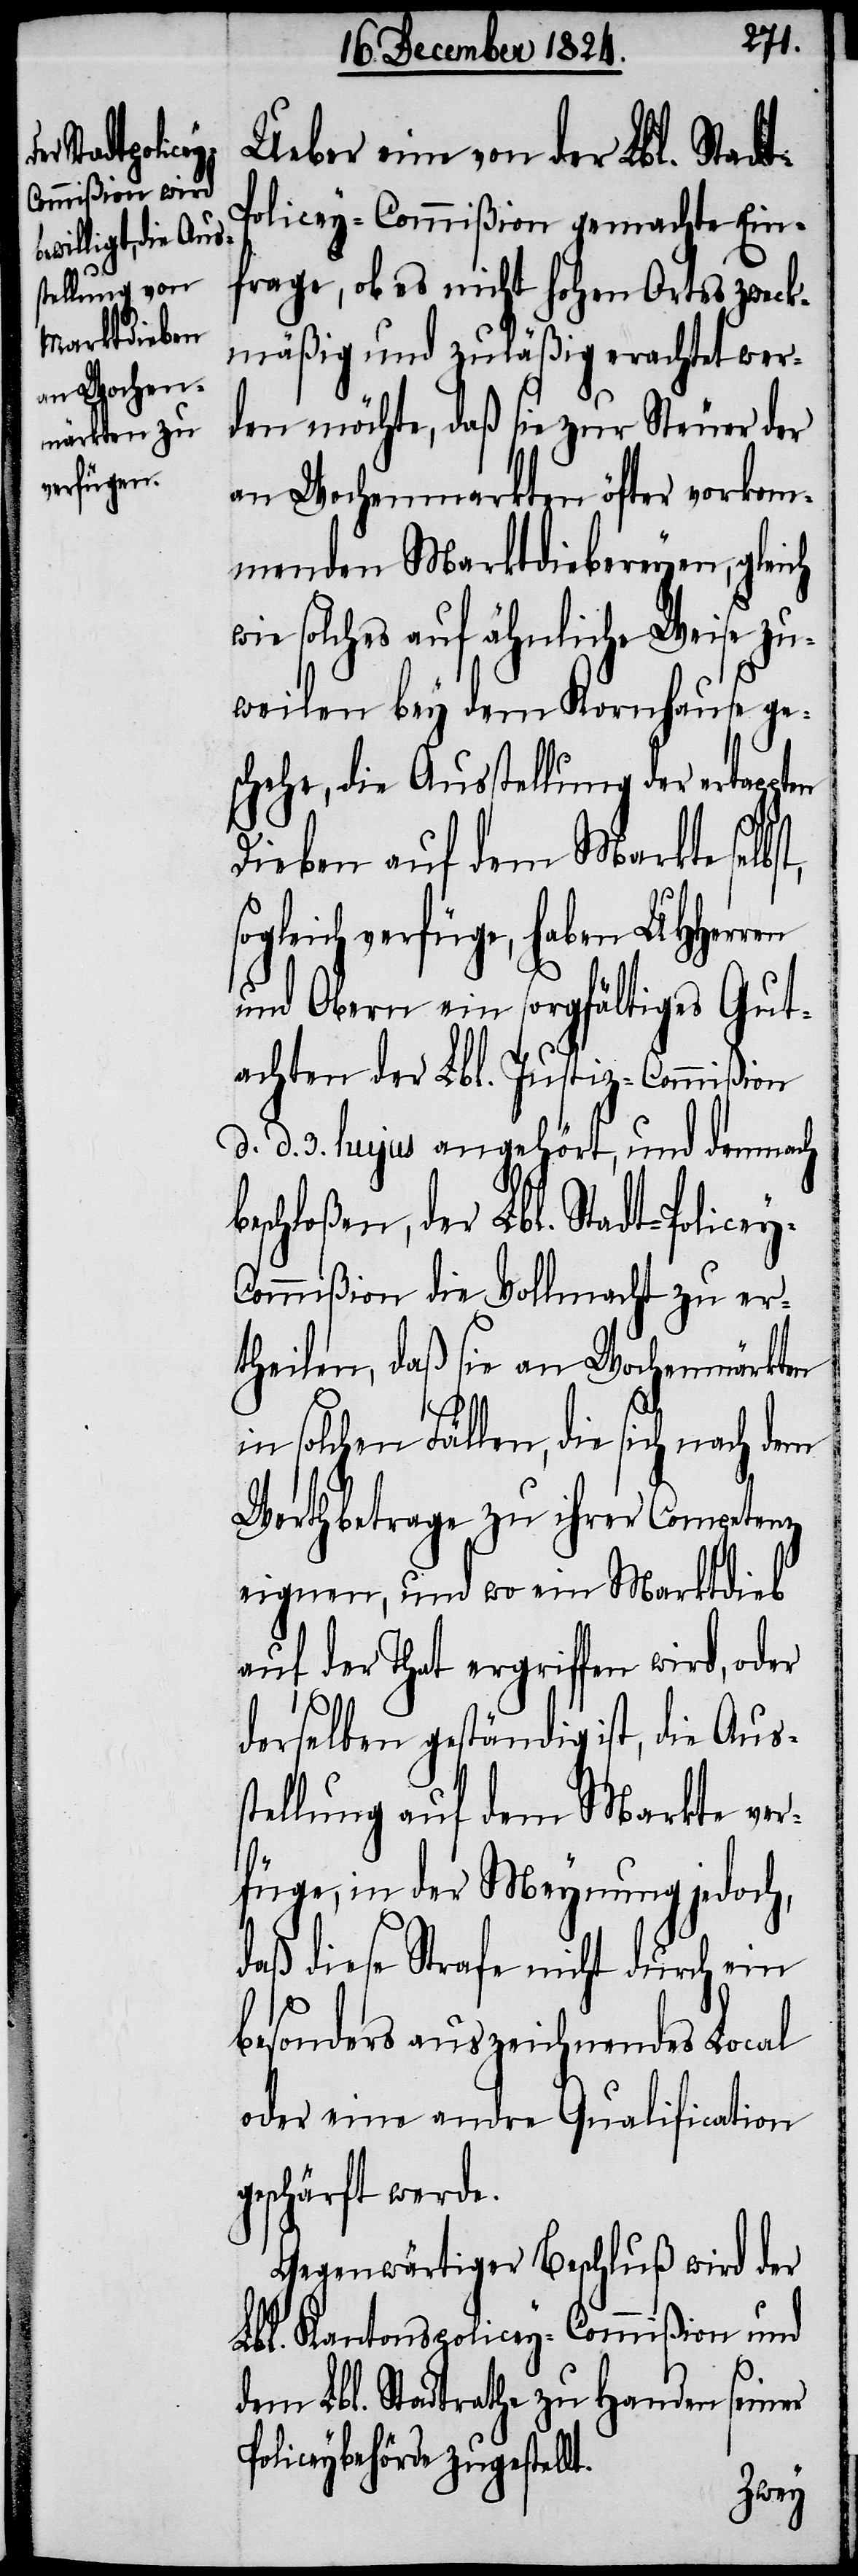
t.
Ueber eine von der Lbl. Stadt-P¬
olicey-Commißion gemachte Ein¬
frage, ob es nicht hohen Ortes zweck¬
mäßig und zuläßig erachtet wer¬
den möchte, daß sie zur Steuer der
an Wochenmarkten öfter vorkom¬
menden Marktdiebereyen, gleich
solches auf ähnliche Weise zu¬
weilen bey dem Kornhause ge¬
schehe, die Ausstellung der ertappten
Dieben auf dem Markte selbst,
sogleich verfüge, haben UHHerren
und Obern ein sorgfältiges Gut¬
achten der Lbl. Justiz-Commißion
d. d. 3. hujus angehört, und demnach
schloßen, der Lbl. Stadt-Police¬
ommißion die Vollmacht zu er¬
theilen, daß sie an Wochenmärkten
in solchen Fällen, die sich nach
Werth betrage zu ihrer Competenz
eignen, und wo ein Marktdieb
auf der That ergriffen wird, oder
derselben geständig ist, die Aus¬
stellung auf dem Markte ver¬
füge, in der Meynung jedoch,
daß diese Strafe nicht durch ein
besonders auszeichnendes Local
oder eine andre Qualification
geschärft werde.
Gegenwärtiger Beschluß wird der
Lbl. Kantons-Policey-Commißion und
dem Lbl. Stadtrathe zu Handen seiner
Policeybehörde zugestell¬
y-C¬